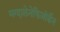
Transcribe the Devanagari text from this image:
मग्दालेनेफिजोर्डेन